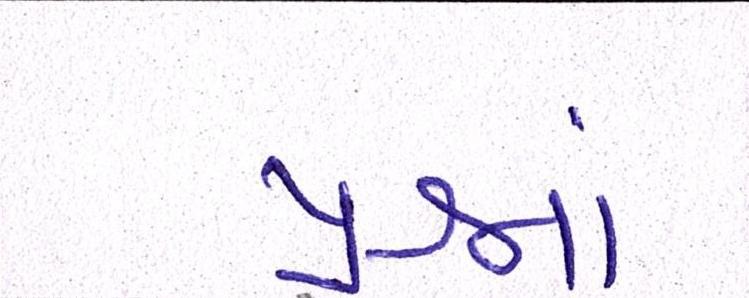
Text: પ્રશ્નમાં